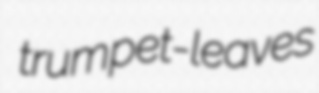
trumpet-leaves